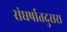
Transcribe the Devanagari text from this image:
संघर्षातदुसरा